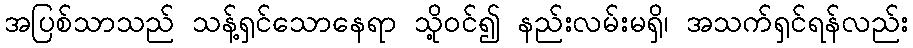
အပြစ်သာသည် သန့်ရှင်သောနေရာ သို့ဝင်၍ နည်းလမ်းမရှိ၊ အသက်ရှင်ရန်လည်း